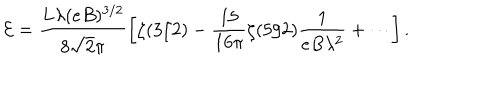
\mathcal { E } = \frac { L \lambda ( e B ) ^ { 3 / 2 } } { 8 \sqrt { 2 } \pi } \left[ \zeta ( 3 / 2 ) - \frac { 1 5 } { 1 6 \pi } \zeta ( 5 / 2 ) \frac { 1 } { e B \lambda ^ { 2 } } + \cdots \right] .